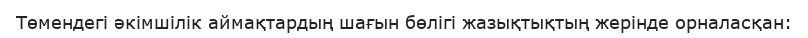
Төмендегі әкімшілік аймақтардың шағын бөлігі жазықтықтың жерінде орналасқан: